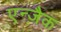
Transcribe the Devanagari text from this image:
एन्ज़ैक